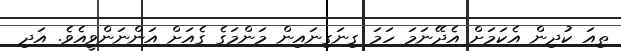
ތިއަ ކުދިން އެކަމަށް އެދޭނަމަ ހަމަ ގިނަގިނައިން މަންމަގެ ގެއަށް އަންނަންވީއެވެ. އަދި